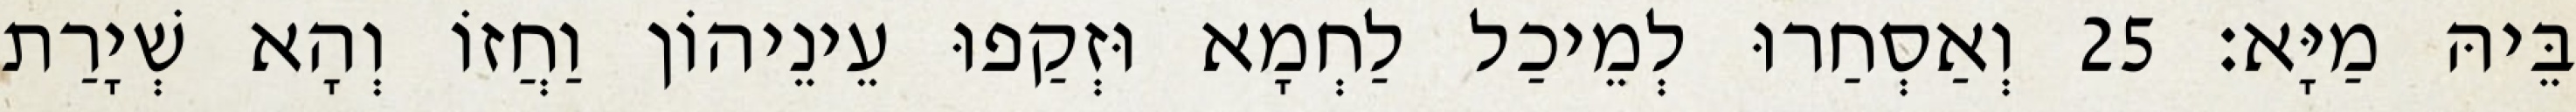
בֵּיהּ מַיָּא׃ 25 וְאַסְחַרוּ לְמֵיכַל לַחְמָא וּזְקַפוּ עֵינֵיהוֹן וַחֲזוֹ וְהָא שְׁיָרַת